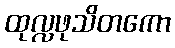
ထုလ္လဖုသိတကော